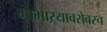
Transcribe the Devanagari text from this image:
गाभाऱ्याबरोबरच